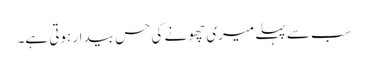
سب سے پہلے میری چھونے کی حس بیدار ہوتی ہے۔